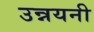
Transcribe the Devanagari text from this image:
उन्नयनी